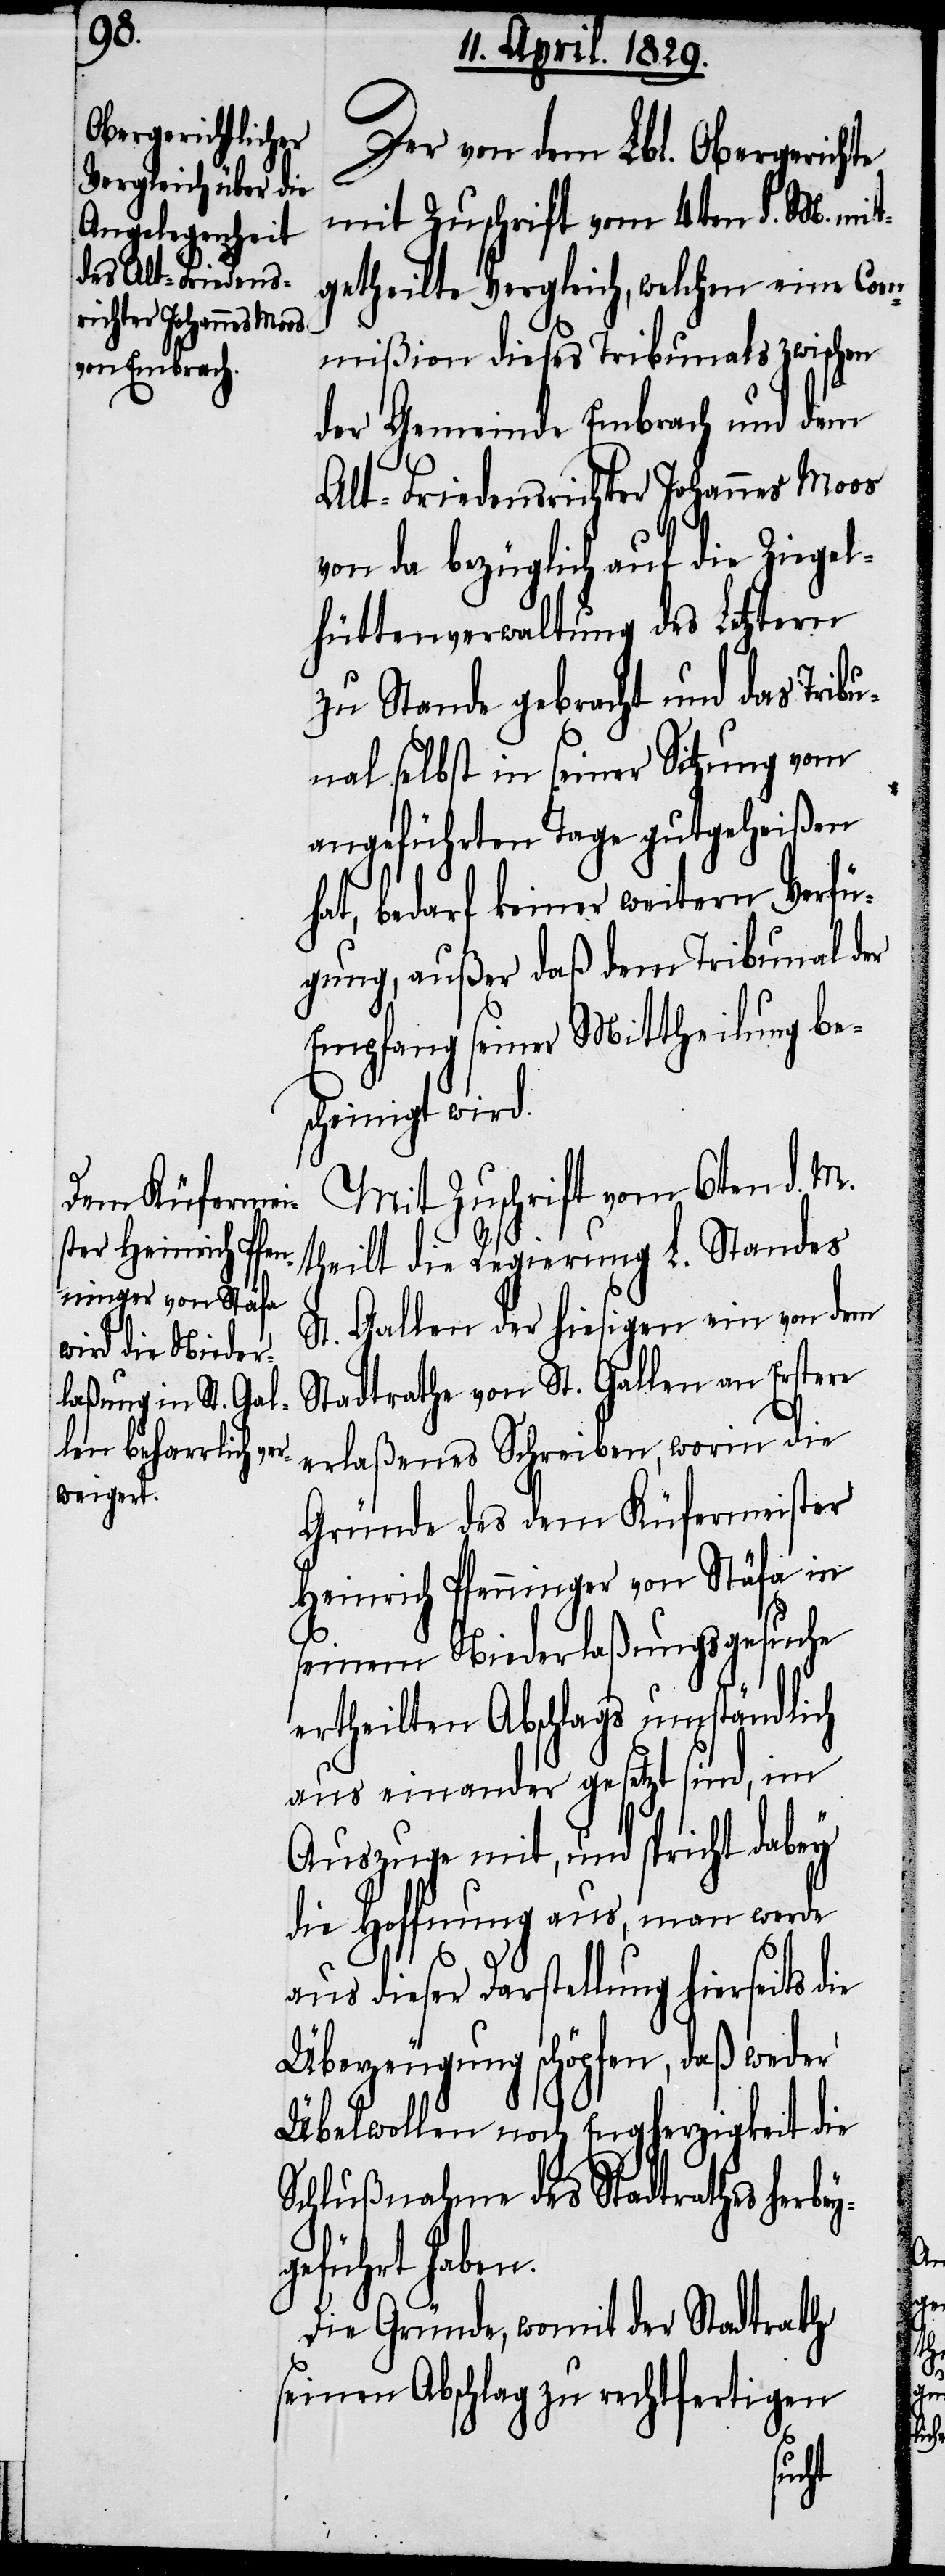
Der von dem Lbl. Obergerichte
mit Zuschrift vom 4ten d. M. mit¬
getheilte Vergleich, welchen eine Com¬
mißion dieses Tribunals zwischen
der Gemeinde Embrach und dem
Alt-Friedensrichter Johannes Moos
von da bezüglich auf die Ziegel¬
hüttenverwaltung des Letztern
zu Stande gebracht und das Tribu¬
nal selbst in seiner Sitzung vom
angeführten Tage gutgeheißen
hat, bedarf keiner weitern Verfü¬
gung, außer daß dem Tribunal der
Empfang seiner Mittheilung be¬
scheinigt wird.
Mit Zuschrift vom 6ten d. M.
theilt die Regierung L. Standes
St. Gallen der hiesigen ein von dem
Stadtrathe von St. Gallen an Erstere
erlaßenes Schreiben, worin die
Gründe des dem Küfermeister
Heinrich Pfenninger von Stäfa in
seinem Niederlaßungsgesuche
ertheilten Abschlags umständlich
aus einander gesetzt sind, im
Auszuge mit, und spricht dabey
die Hoffnung aus, man werde
aus dieser Darstellung hierseits
Überzeugung schöpfen, daß weder
Übelwollen noch Engherzigkeit die
Schlußnahme des Stadtrathes herbey¬
geführt haben.
Die Gründe, womit der Stadtrath
seien Abschlag zu rechtfertigen